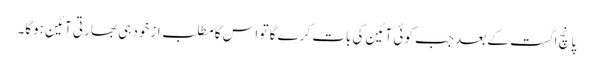
پانچ اگست کے بعد جب کوئی آئین کی بات کرے گا تو اس کا مطلب ازخود ہی بھارتی آئین ہوگا۔